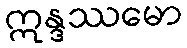
ဣန္ဒဿမော